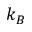
k _ { B }